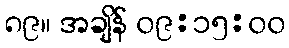
၈၉။ အချိန် ၀၉:၁၅:၀၀